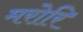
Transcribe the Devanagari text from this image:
मरोरि